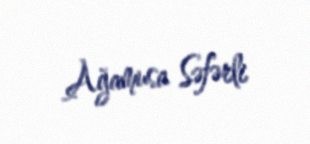
Ağamusa Səfərli